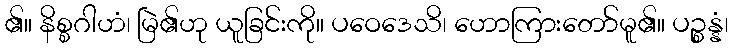
၏။ နိစ္စဂါဟံ၊ မြဲ၏ဟု ယူခြင်းကို။ ပဝေဒေသိ၊ ဟောကြားတော်မူ၏။ ပဉ္စန္နံ၊